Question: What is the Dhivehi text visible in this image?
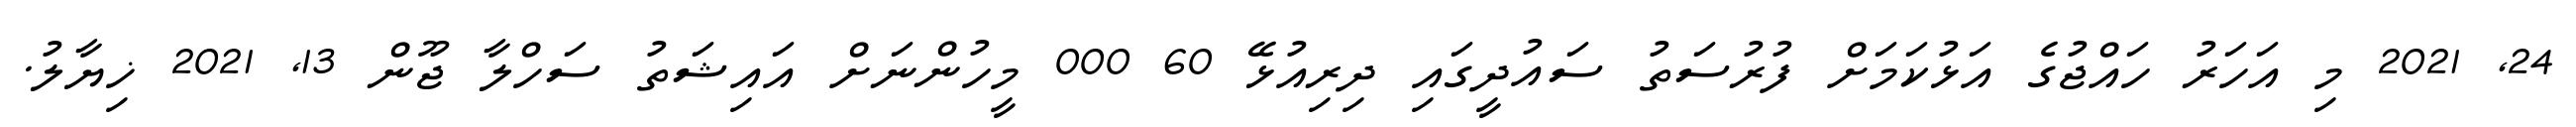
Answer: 24, 2021 މި އަހަރު ހައްޖުގެ އަޅުކަމަށް ފުރުސަތު ސައުދީގައި ދިރިއުޅޭ 60 000 މީހުންނަށް އައިޝަތު ސަހްލާ ޖޫން 13, 2021 ޚިޔާލު.